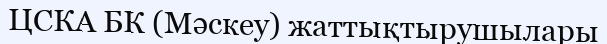
ЦСКА БК (Мәскеу) жаттықтырушылары